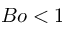
B o < 1